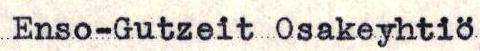
Enso-Gutzeit Osakeyhtiö